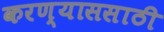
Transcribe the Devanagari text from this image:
करण्याससाठी